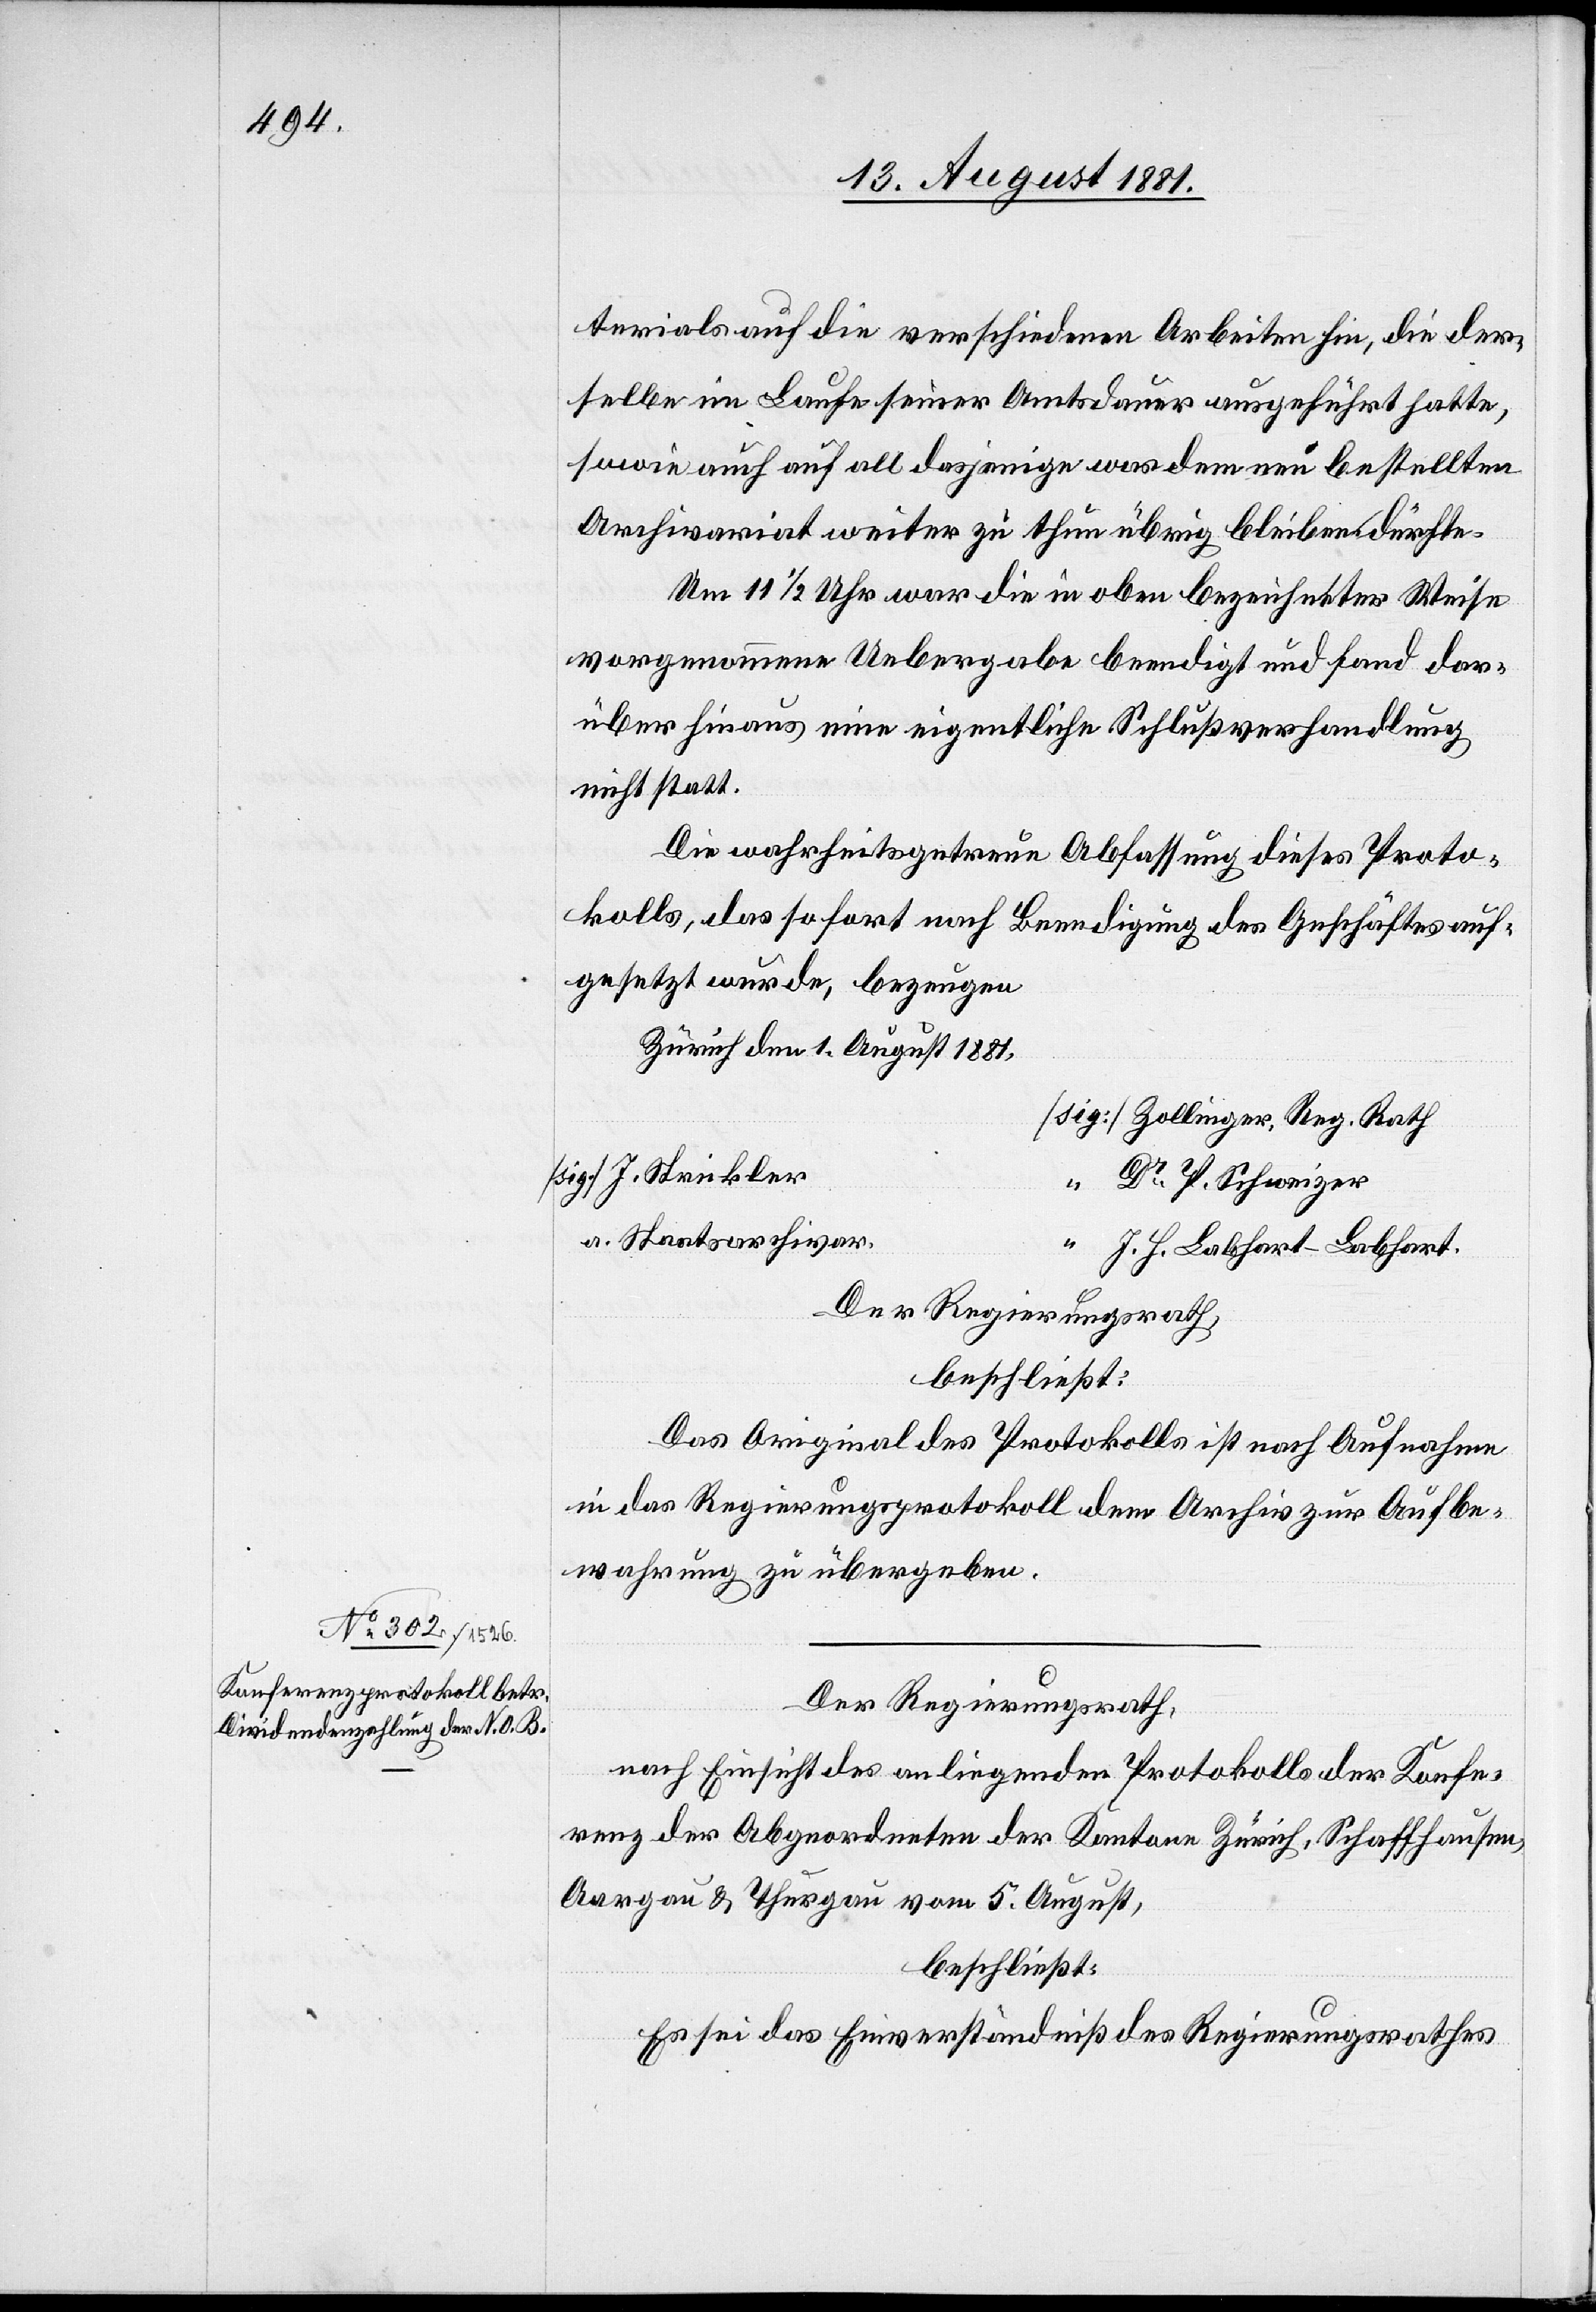
terials auf die verschiedenen Arbeiten hin, die der¬
selbe im Laufe seiner Amtsdauer ausgeführt hatte,
sowie auch auf all dasjenige was dem neu bestellten
Archivariat weiter zu thun übrig bleiben dürfte.
Um 11 1/2 Uhr war die in oben bezeichneter Weise
vorgenommene Uebergabe beendigt und fand dar¬
über hinaus eine eigentliche Schlußverhandlung
nicht statt.
Die wahrheitsgetreue Abfassung dieses Proto¬
kolls, das sofort nach Beendigung des Geschäftes auf¬
gesetzt wurde, bezeugen
Zürich den 1. August 1881
[sig.] Zollinger, Reg. Rath
[sig.] J. Strickler
” Dr P. Schweizer
a. Staatsarchivar.
J. H. Labhart-Labhart.
Der Regierungsrath,
beschließt:
Das Original des Protokolls ist nach Aufnahme
in das Regierungsprotokoll dem Archiv zur Aufbe¬
wahrung zu übergeben.